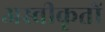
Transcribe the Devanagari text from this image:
अस्‍वीकृतों